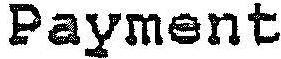
PAYMENT